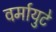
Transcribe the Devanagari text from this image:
वर्मायुटे